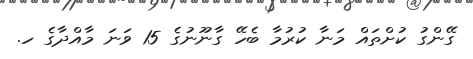
ގޭންގު ކުށްތައް މަނާ ކުރުމާ ބެހޭ ގާނޫނުގެ 15 ވަނަ މާއްދާގެ ހ.